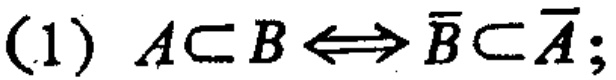
(1) \(A\subset B\Leftrightarrow \overline{B}\subset \overline{A}\);